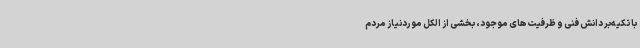
با تکیه‌بر دانش فنی و ظرفیت‌های موجود، بخشی از الکل موردنیاز مردم